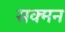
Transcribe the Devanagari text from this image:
सक्मन